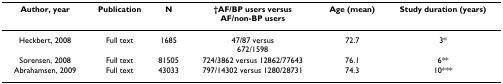
| Author, year | Publication | N | †AF/BP users versusAF/non-BP users | Age (mean) | Study duration (years) |
 | --- | --- | --- | --- | --- | --- |
 | Heckbert, 2008 | Full text | 1685 | 47/87 versus672/1598 | 72.7 | 3* |
 | Sorensen, 2008 | Full text | 81505 | 724/3862 versus 12862/77643 | 76.1 | 6** |
 | Abrahamsen, 2009 | Full text | 43033 | 797/14302 versus 1280/28731 | 74.3 | 10*** |